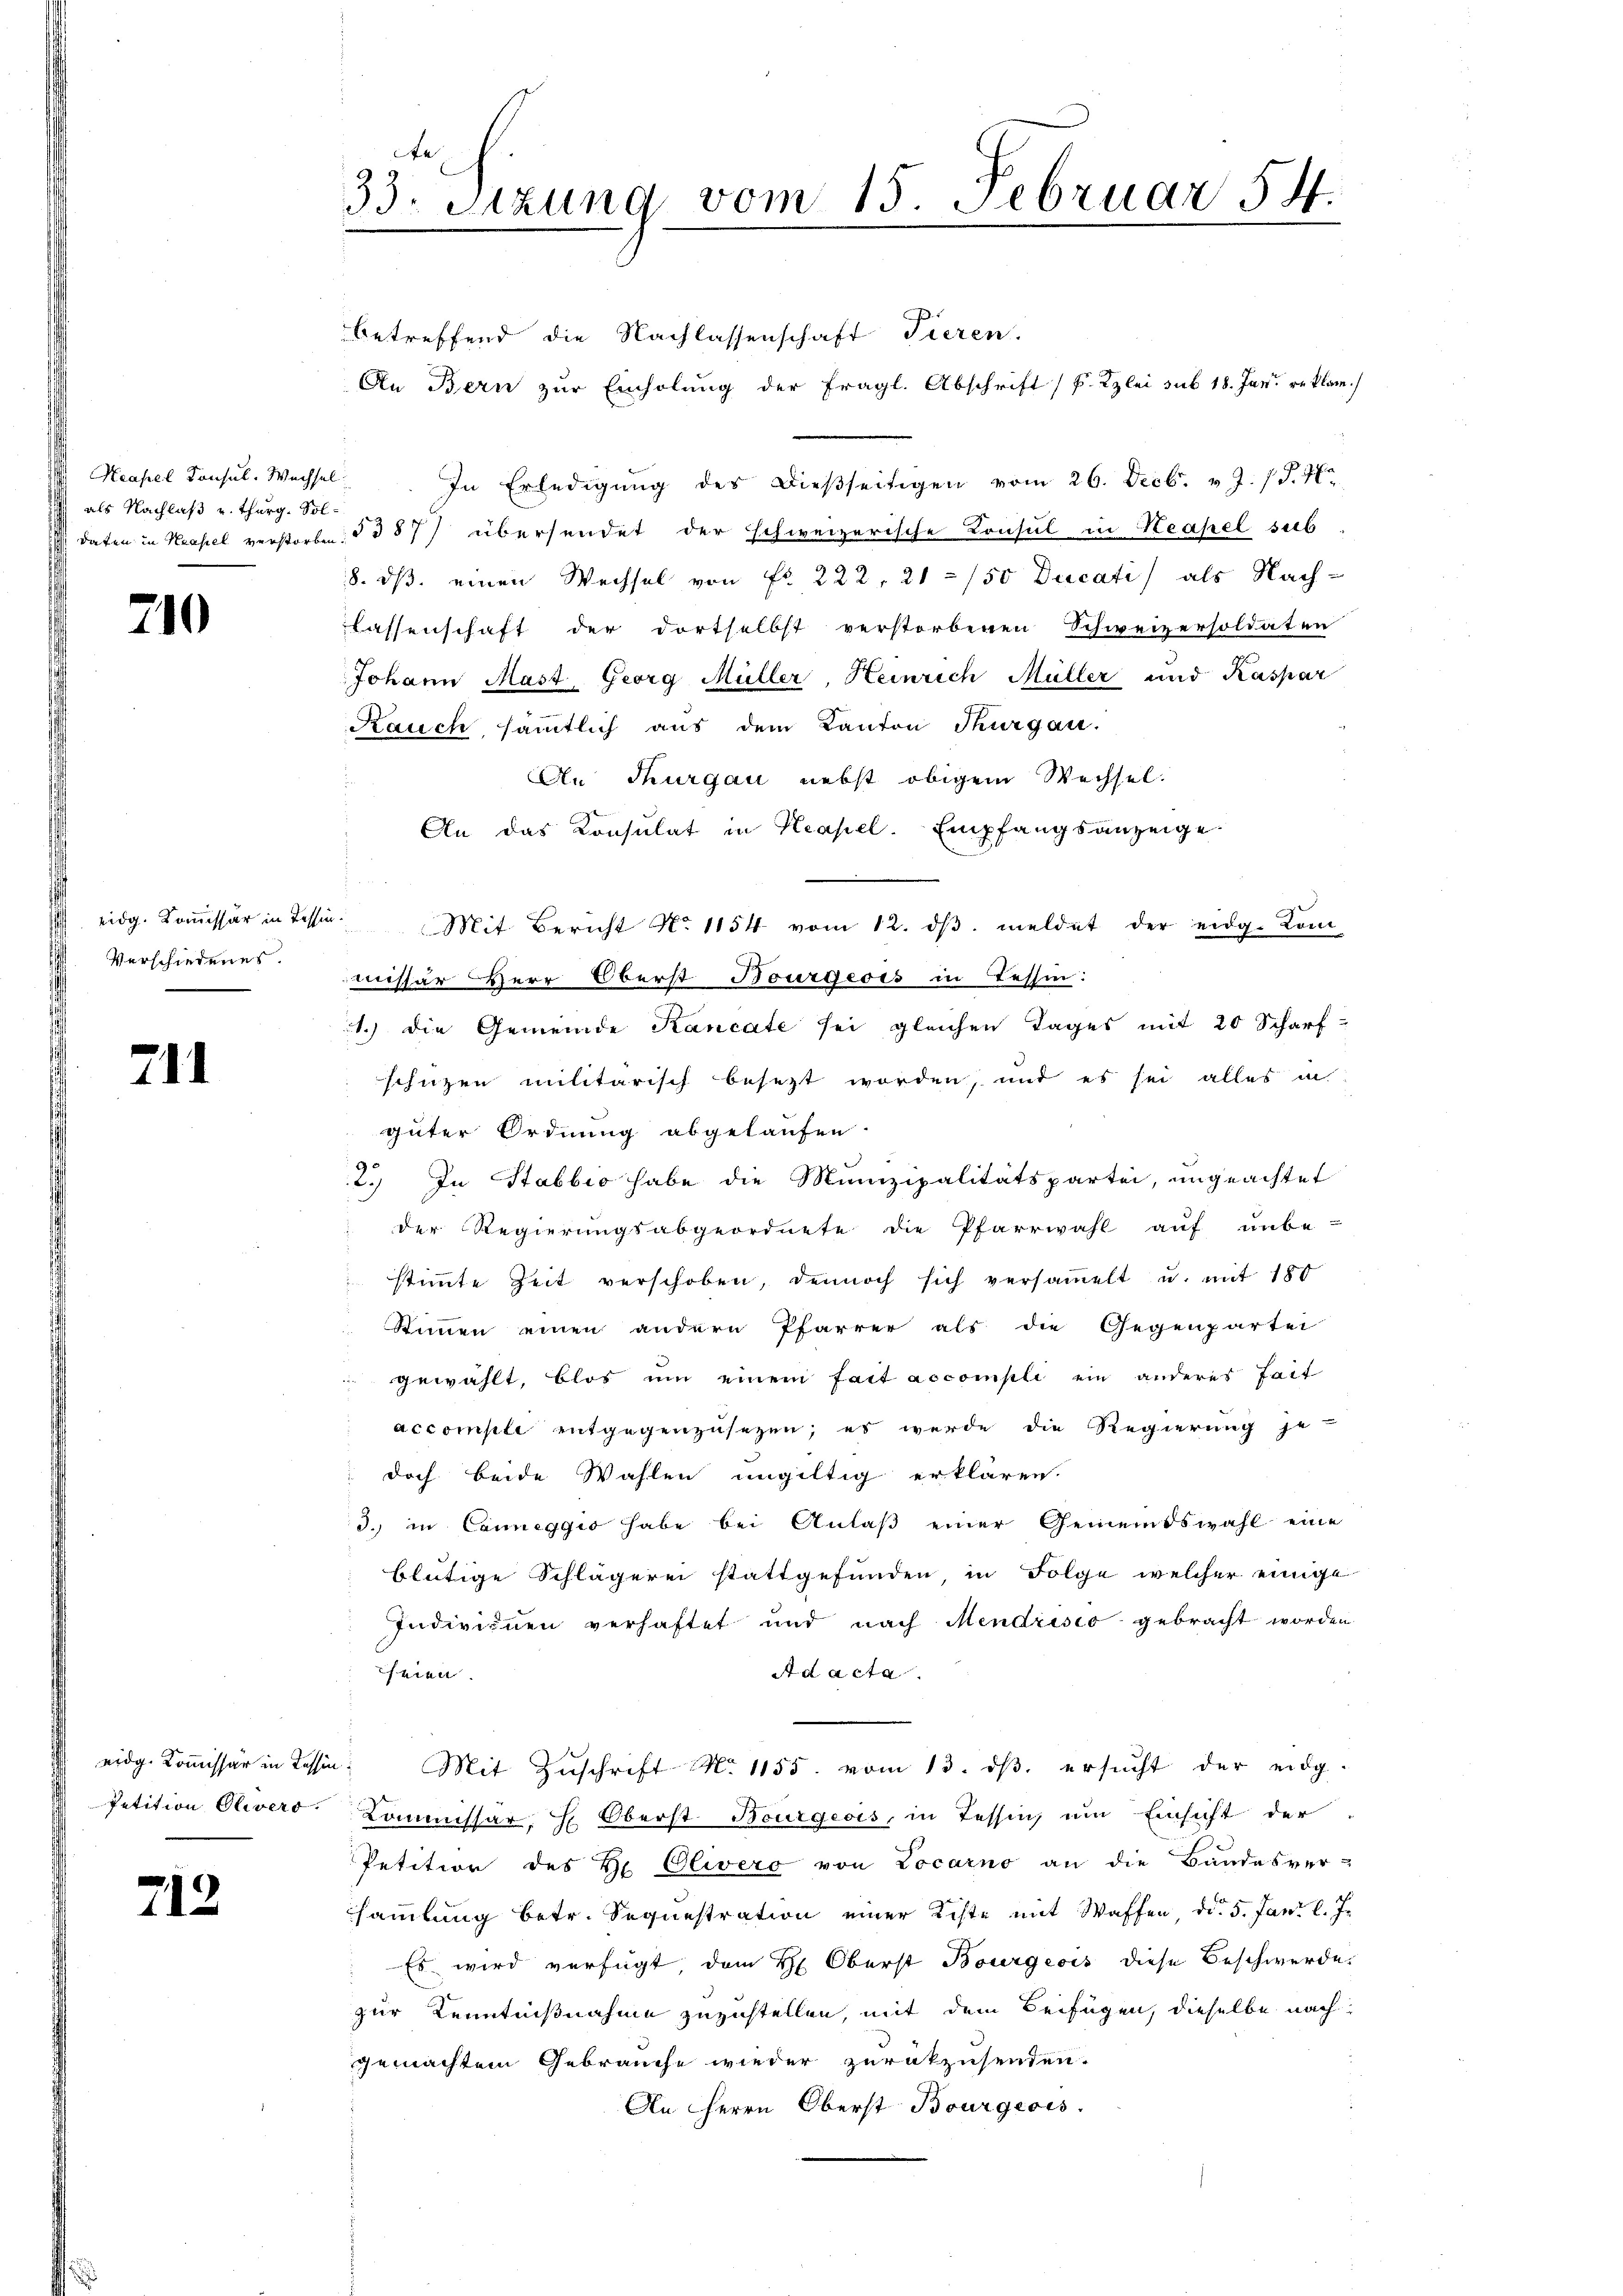
Neapel Konsul Wechse
als Nachlaß u. Thurg. Sol
daten in Hasel verstorbe

210

Verschiedenes.

211

Petition Olivers

712

e
33. Sitzung vom 15. Februar 54.

betreffend die Nachlassenschaft Tieren.
An Bern zur Einholung der fragl. Abschrift / P. Kzlei sub 18. Jan reklam
In Erledigung des dießseitigen vom 26. Decb. v. J. / §. 4.
5387) übersendet der schweizerische Consul in Neapel sub
8. ds. einen Wechsel von Fr. 222, 21/50 Ducati als Nach-
Lassenschaft der dortselbst verstorbenen Schweizersoldaten
Johann Mast. Georg Müller, Heinrich Müller und Kaspar
Rauch sämmtlich aus dem Kanton Thurgau.
An Thurgau nebst obigem Wechsel.
An das Konsulat in Neapel. Empfangsanzeige
eidg. Koṁissär in dessen. Mit Bericht No 1154 vom 12. dβ. meldet der eidg. Kom
missär Herr Oberst Bourgeois in Tessin:
1.) Die Gemeinde Kancate sei gleichen Tages mit 20 Scharfschützen militärisch besezt worden, und es sei alles in
güter Ordnung abgelaufen.
2.) In Stabbio habe die Munizipalitätspartei, ungeachtet
 der Regierungsabgeordnete die Pfarrwahl auf unbe-
stimmte Zeit verschoben, dennoch sich versaṁelt u. mit 180
Stimmen einen andern Pfarrer als die Gegenpartei
gewählt, blos um einem fait accompli ein anderes fait
accomple entgegenzusetzen; es werde die Regierung je-
doch beide Wahlen ungültig erklären.
d. in Canneggio habe bei Anlaß einer Gemeindswahl eine
blütige Schlägerei stattgefunden, in Folge welcher einige
Individuen verhaftet und nach Mendrisio gebracht worden
eien.
Ad acta
eidg. Kommissär in Tessin: Mit Zŭschrift N. 1155. vom 13. dβ ersucht der eidg-
Kommissar, H. Oberst Bourgeois, in Tessin, um Einsicht der
Petition des Hr. Olivero von Locarno an die Bandesver-
sammlung betr. Sequestration einer Kiste mit Waffen, d. 5. Jani l. J.
Es wird verfügt, dem H. Oberst Bourgeois diese Beschwerde.
zur Kenntnißnahme zuzustellen, mit dem Beifügen, dieselbe nach
gemachtem Gebrauche wieder zurükzusenden.
An Herrn Oberst Bourgeois.